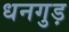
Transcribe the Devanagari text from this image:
धनगुड़